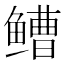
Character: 𫚧